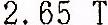
2.65 T